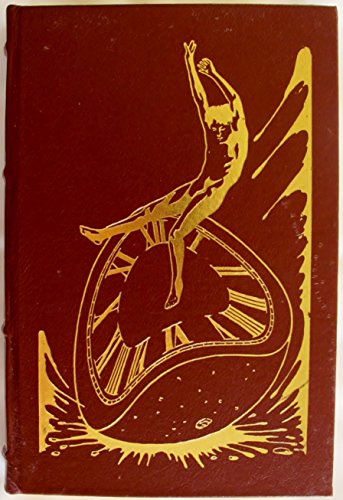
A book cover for A Clockwork Orange Easton Press Leatherbound; Anthony Burgess; Literature & Fiction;